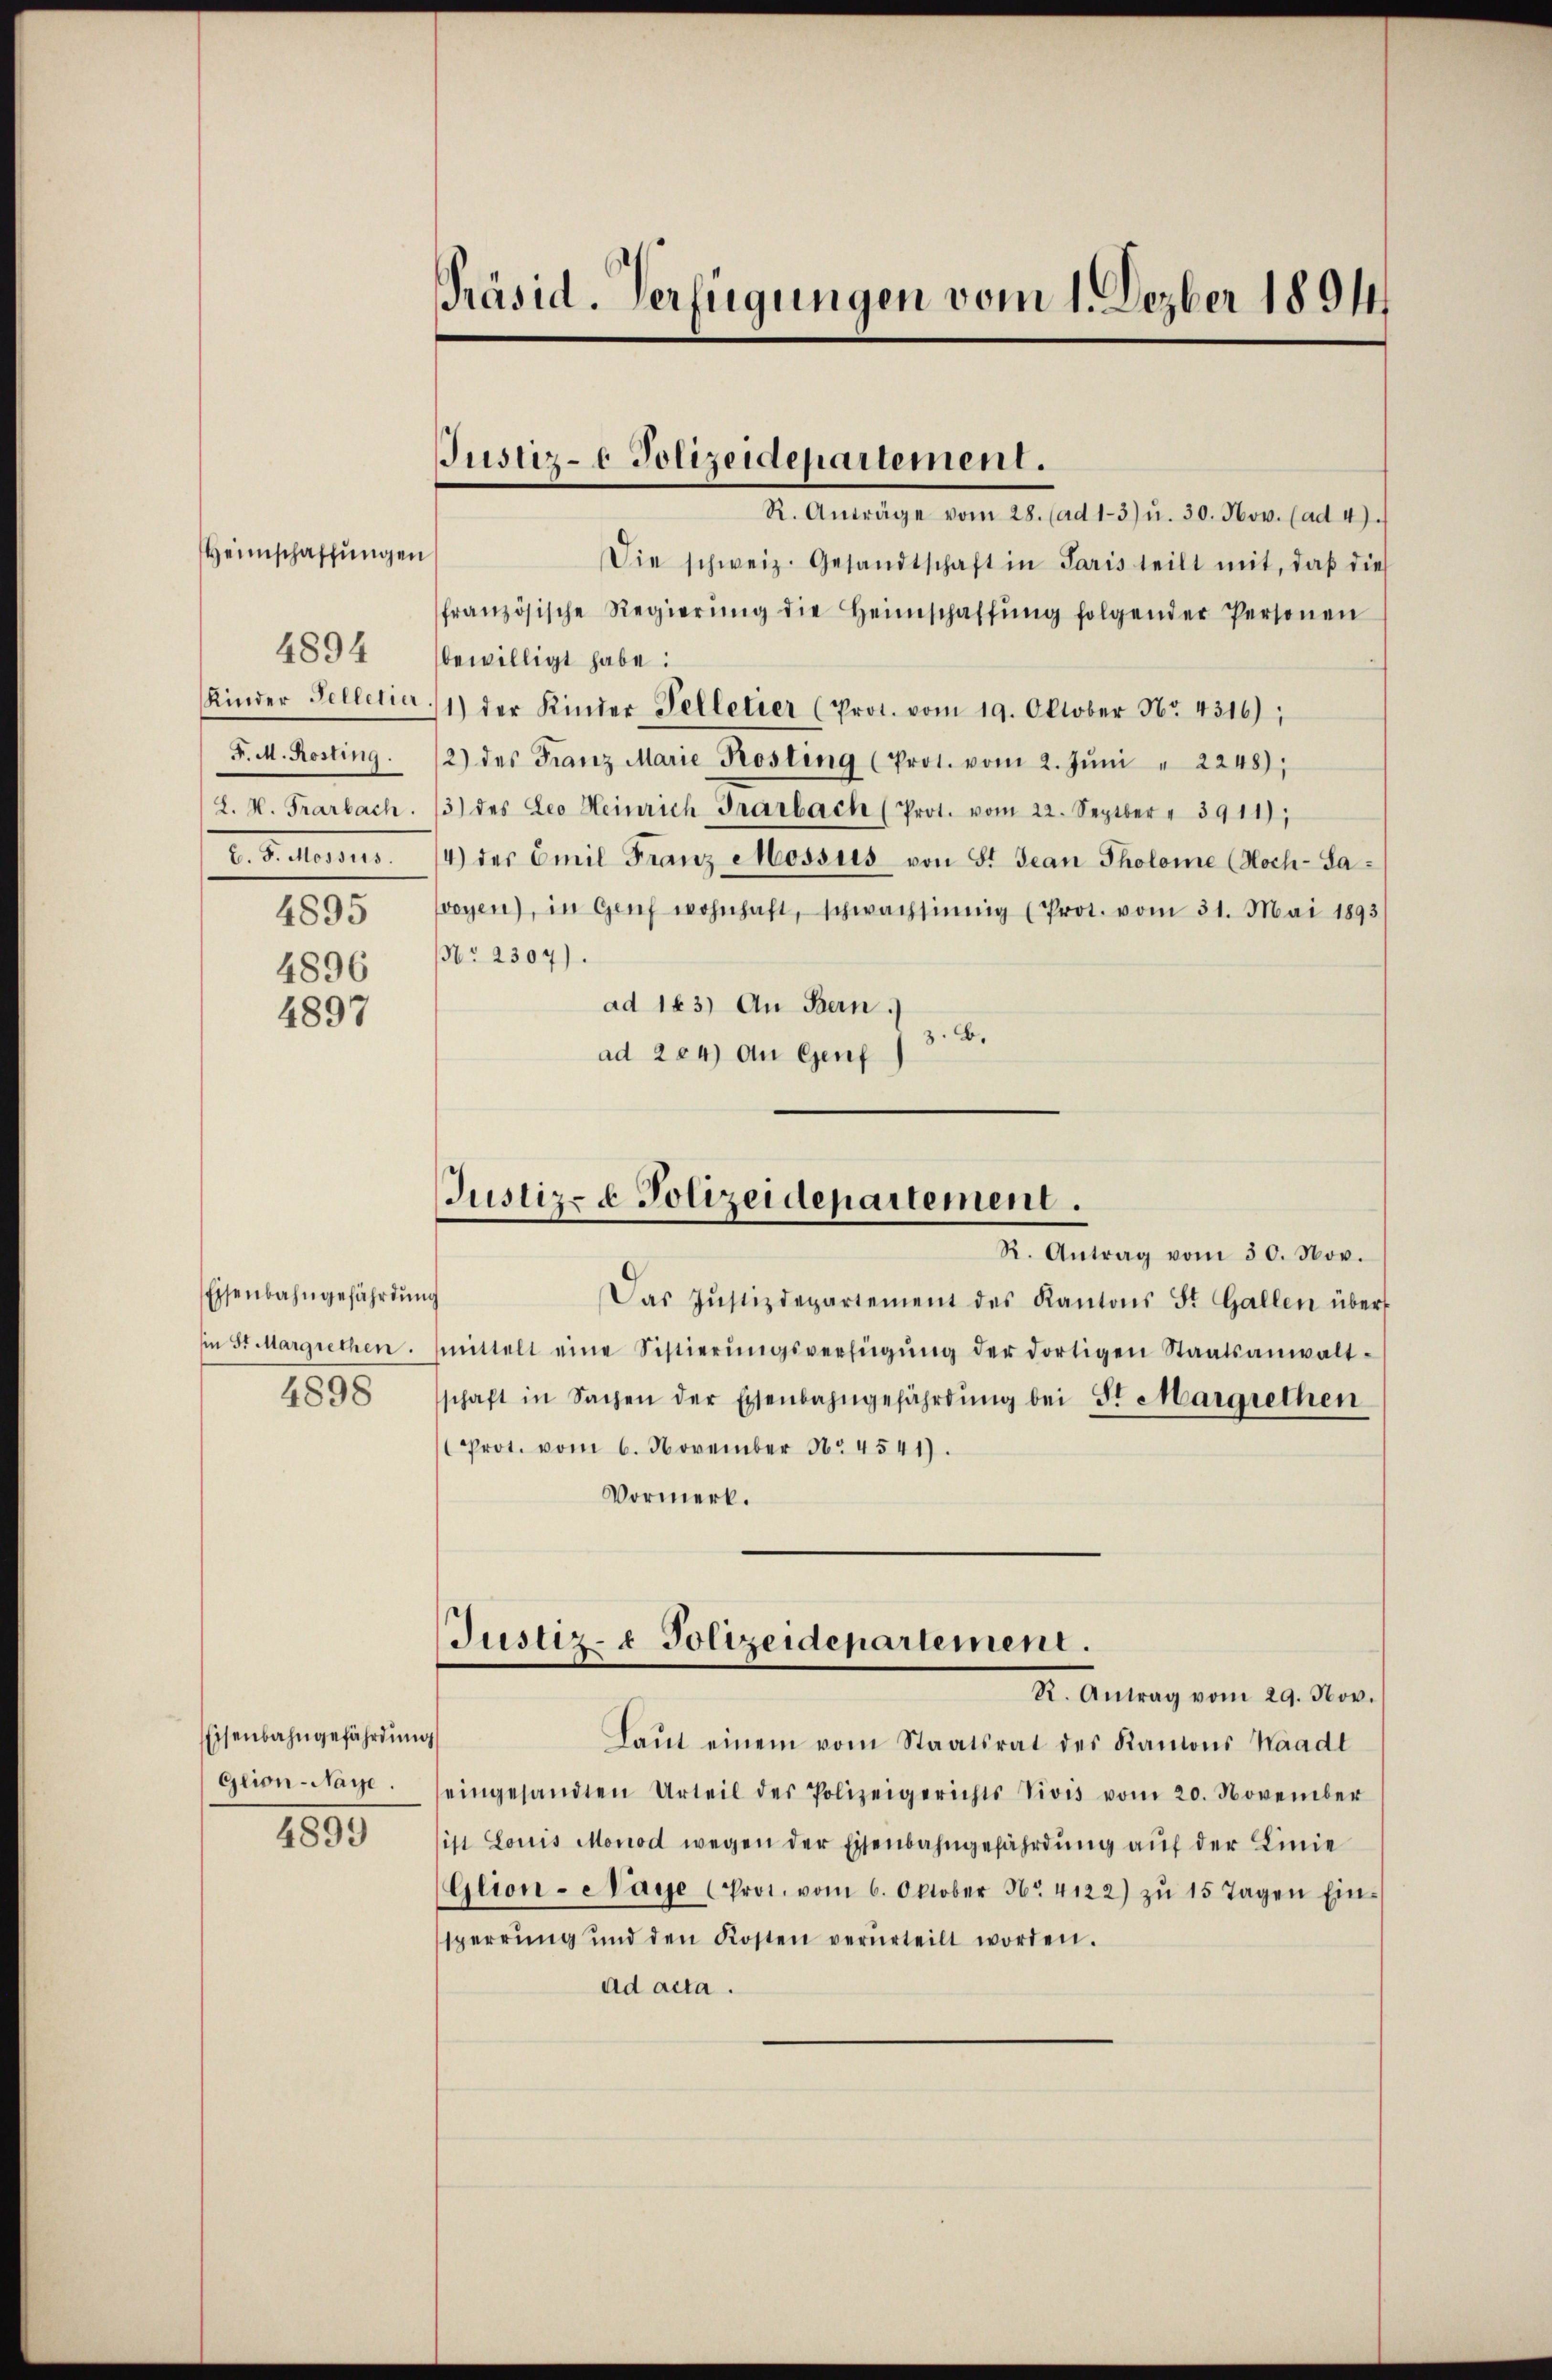
4894
F. M. Rosting.
b. J. der
4895
4896

Heimschaffungen

4897

Eisenbahngefährdung
4898

Eisenbahngefährdung
Glion-Naye.

1895

Präsid. Verfügungen vom 1. Dezber 1891

Die schweiz. Gesandtschaft in Paris teilt mit, daß dies
französische Regierŭng die Heimschaffŭng folgender Personen
bewilligt habe:
Kinder Felletia 11) der Kinder Telletier (Prot. vom 19. Oktober Nr. 4316),
2) des Franz Marie Kosting (Prot. vom 2. Jŭni " 2248),
L. K. Frarbach. 3) des Leo Heinrich Grarbach (Prot. vom 22. Septber - 3911);
4) der Emil Franz Mossus von St. Jean Pholome (Hoch-Savoyen), in Genf wohnhaft, schwachsinnig (Prot. vom 31. Mai 1893/
No. 2304).
ad 163) An Bern.
3. 6.
ad 264) An Genf

Justiz- & Polizeidepartement.
R. Anträge vom 28. (ad 13) u. 30. Nov. (ad 4).

Das Jŭstizdepartement des Kantons St. Gallen über
in Sr Margrechen. Mittelt eine Sistierŭngsverfügŭng der dortigen Staatsanwalt-
schaft in Sachen der Eisenbahngefährdŭng bei St. Margrethen
Prot. vom 6. November No. 4541).
Vormerk.
Laut einem vom Staatsrat des Kantons Waadt
eingesandten Urteil des Polizeigerichts Vivis vom 20. November
ist Louis Monod wegen der Eisenbahngefährdŭng aŭf der Linie
Glion-Naye (Prot. vom 6. Oktober No. 4122) zŭ 15 Tagen Ein-
sperrŭng und den Kosten verurteilt worden.
ad acta.

Justiz- & Polizeidepartement.
R. Antrag vom 30. Nov.

Justiz- & Polizeidepartement.
R. Antrag vom 29. Nov.